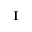
\mathbf { I }